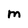
Character: M